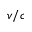
v / c